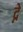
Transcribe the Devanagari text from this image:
द्ने